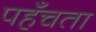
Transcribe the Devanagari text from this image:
पहँचता